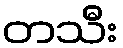
တသီး